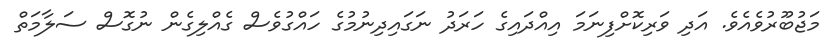
މަޖުބޫރުވެއެވެ. އަދި ވަރިކޮށްފިނަމަ އިއްދައިގެ ހަރަދު ނަގައިދިނުމުގެ ހައްގުވެސް ގެއްލިގެން ނުގޮސް ސަލާމަތް